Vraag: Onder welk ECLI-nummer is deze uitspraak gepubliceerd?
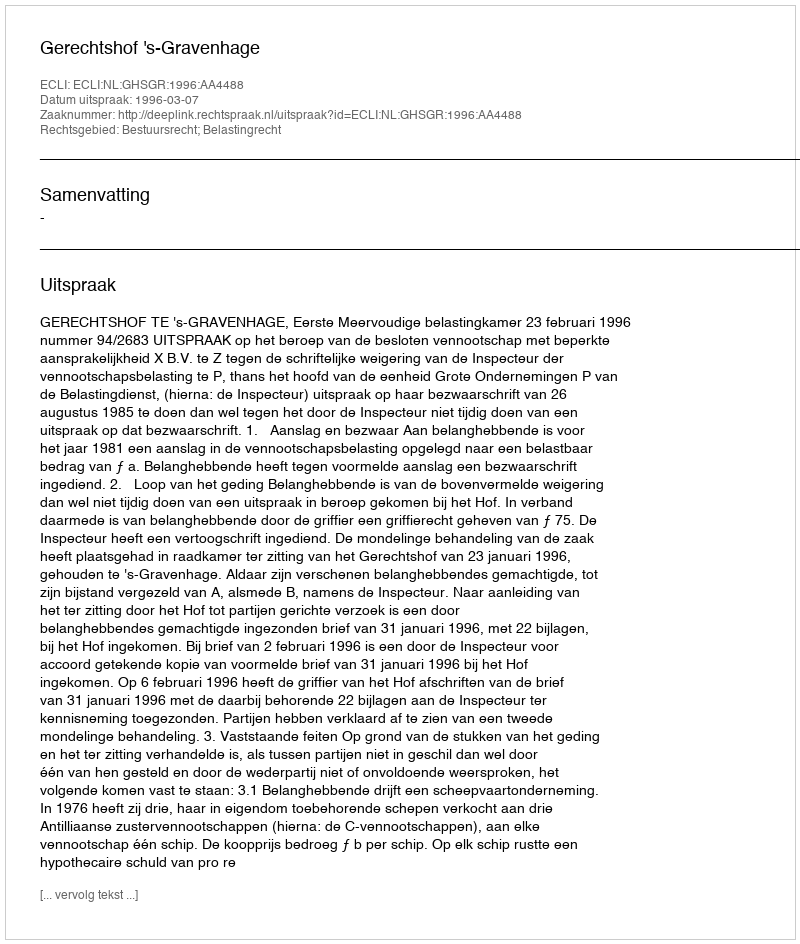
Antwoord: ECLI:NL:GHSGR:1996:AA4488